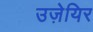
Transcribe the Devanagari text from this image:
उज़ेयिर